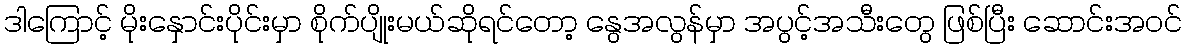
ဒါကြောင့် မိုးနှောင်းပိုင်းမှာ စိုက်ပျိုးမယ်ဆိုရင်တော့ နွေအလွန်မှာ အပွင့်အသီးတွေ ဖြစ်ပြီး ဆောင်းအဝင်